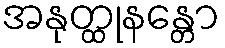
အနုတ္ထုနန္တော